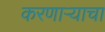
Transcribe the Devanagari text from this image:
करणाऱ्याचा